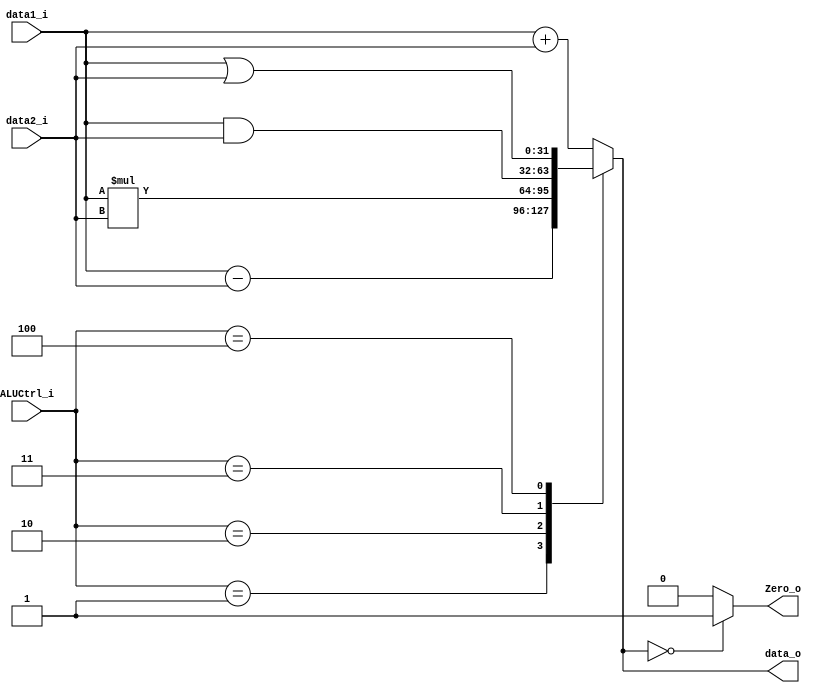
module ALU (data1_i, data2_i, ALUCtrl_i, data_o, Zero_o);

input [31:0] data1_i,data2_i;
input [2:0] ALUCtrl_i;

output [31:0] data_o;
output Zero_o;

reg [31:0] data_o;
reg Zero_o;
always @(*) begin
  case (ALUCtrl_i)
    3'b000: data_o = data1_i + data2_i;
    3'b001: data_o = data1_i - data2_i;
    3'b010: data_o = data1_i * data2_i;
    3'b011: data_o = data1_i & data2_i;
    3'b100: data_o = data1_i | data2_i;
    default: data_o = data1_i + data2_i; //don't care
  endcase

  if (data_o == 0) Zero_o = 1'b1;
  else Zero_o = 1'b0;
end


endmodule